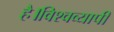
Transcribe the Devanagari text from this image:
है।विश्वव्यापी